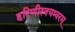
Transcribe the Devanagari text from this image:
हरिणीस्वयम्वरम्